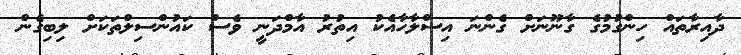
ދާއިރާތައް ހިންގުމުގެ ގާނޫނަށް ގެންނަ އިސްލާހާއެކު އިތުރު އާމްދަނީ ވެސް ކައުންސިލްތަކަށް ލިބިގެން